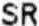
SR